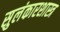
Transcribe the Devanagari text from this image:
सुलंकारशास्त्र